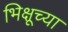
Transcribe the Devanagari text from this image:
भिक्षूच्या